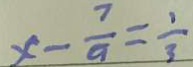
x - \frac { 7 } { 9 } = \frac { 1 } { 3 }